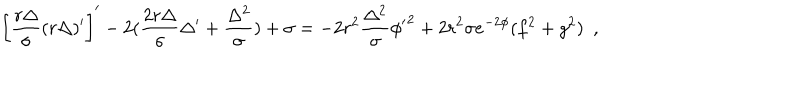
\left[ \frac { r \Delta } { \sigma } ( r \Delta ) ^ { \prime } \right] ^ { \prime } - 2 ( \frac { 2 r \Delta } { \sigma } \Delta ^ { \prime } + \frac { \Delta ^ { 2 } } { \sigma } ) + \sigma = - 2 r ^ { 2 } \frac { \Delta ^ { 2 } } { \sigma } { \phi ^ { \prime } } ^ { 2 } + 2 r ^ { 2 } \sigma e ^ { - 2 \phi } ( f ^ { 2 } + g ^ { 2 } ) ~ ~ ,